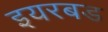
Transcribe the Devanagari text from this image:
इयरबड